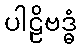
ပါဠိဗဒ္ဓံ